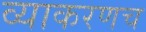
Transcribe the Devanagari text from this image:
व्याकरणच